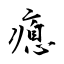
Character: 瘜